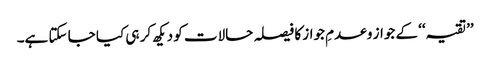
’’تقیہ‘‘ کے جواز و عدمِ جواز کا فیصلہ حالات کو دیکھ کر ہی کیا جا سکتا ہے۔